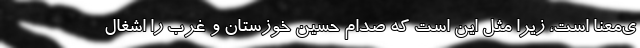
ی‌معنا است، زیرا مثل این است که صدام حسین خوزستان و غرب را اشغال